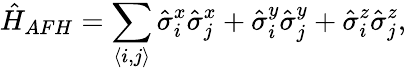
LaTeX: \hat{H}_{AFH}=\sum_{\langle i,j\rangle}\hat{\sigma}_{i}^{x}\hat{\sigma}_{j}^{x}+\hat{\sigma}_{i}^{y}\hat{\sigma}_{j}^{y}+\hat{\sigma}_{i}^{z}\hat{\sigma}_{j}^{z},